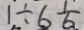
1 \div 6 \frac { 1 } { 6 }